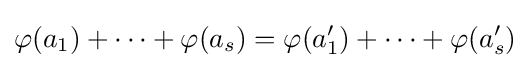
\varphi (a_{1})+\cdots +\varphi (a_{s})=\varphi (a_{1}')+\cdots +\varphi (a_{s}')